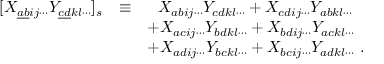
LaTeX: \begin{array} { l c l } { { [ X _ { \underline { { { a } } } \underline { { { b } } } i j \cdots } Y _ { \underline { { { c } } } \underline { { { d } } } k l \cdots } ] _ { s } } } & { { \equiv } } & { { ~ ~ X _ { a b i j \cdots } Y _ { c d k l \cdots } + X _ { c d i j \cdots } Y _ { a b k l \cdots } } } \\ { { } } & { { } } & { { + X _ { a c i j \cdots } Y _ { b d k l \cdots } + X _ { b d i j \cdots } Y _ { a c k l \cdots } } } \\ { { } } & { { } } & { { + X _ { a d i j \cdots } Y _ { b c k l \cdots } + X _ { b c i j \cdots } Y _ { a d k l \cdots } \ . } } \end{array}